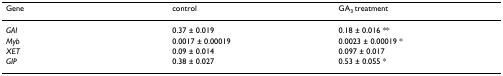
| Gene | control | GA3 treatment |
 | --- | --- | --- |
 | GAI | 0.37 ± 0.019 | 0.18 ± 0.016 ** |
 | Myb | 0.0017 ± 0.00019 | 0.0023 ± 0.00019 * |
 | XET | 0.09 ± 0.014 | 0.097 ± 0.017 |
 | GIP | 0.38 ± 0.027 | 0.53 ± 0.055 * |